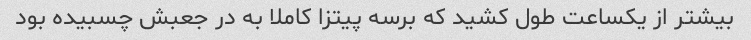
بیشتر از یکساعت طول کشید که برسه پیتزا کاملا به در جعبش چسبیده بود